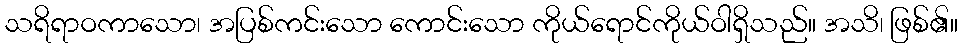
သရိရာဝကာသော၊ အပြစ်ကင်းသော ကောင်းသော ကိုယ်ရောင်ကိုယ်ဝါရှိသည်။ အသိ၊ ဖြစ်၏။